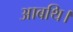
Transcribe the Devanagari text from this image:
आबथि।